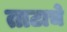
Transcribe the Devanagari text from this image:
ताटाचे